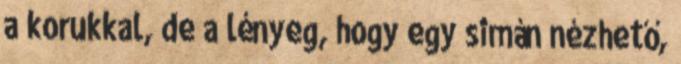
a korukkal, de a lényeg, hogy egy simán nézhető,